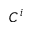
C ^ { i }